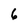
Character: 6